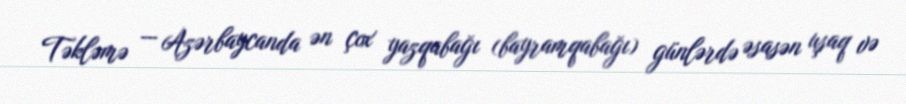
Təkləmə — Azərbaycanda ən çox yazqabağı (bayramqabağı) günlərdə əsasən uşaq və